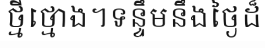
ថ្មីថ្មោង។ទន្ទឹមនឹងថ្ងៃដ៏